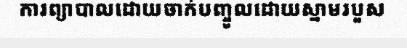
ការព្យាបាលដោយចាក់បញ្ចូលដោយស្នាមរបួស